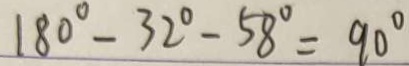
1 8 0 ^ { \circ } - 3 2 ^ { \circ } - 5 8 ^ { \circ } = 9 0 ^ { \circ }